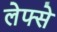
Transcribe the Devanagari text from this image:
लेफ्से